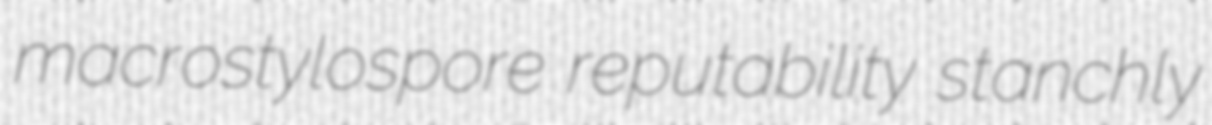
macrostylospore reputability stanchly